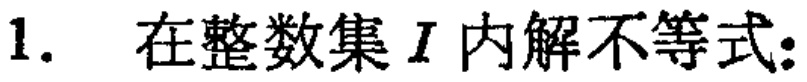
1. 在整数集\(I\)内解不等式：